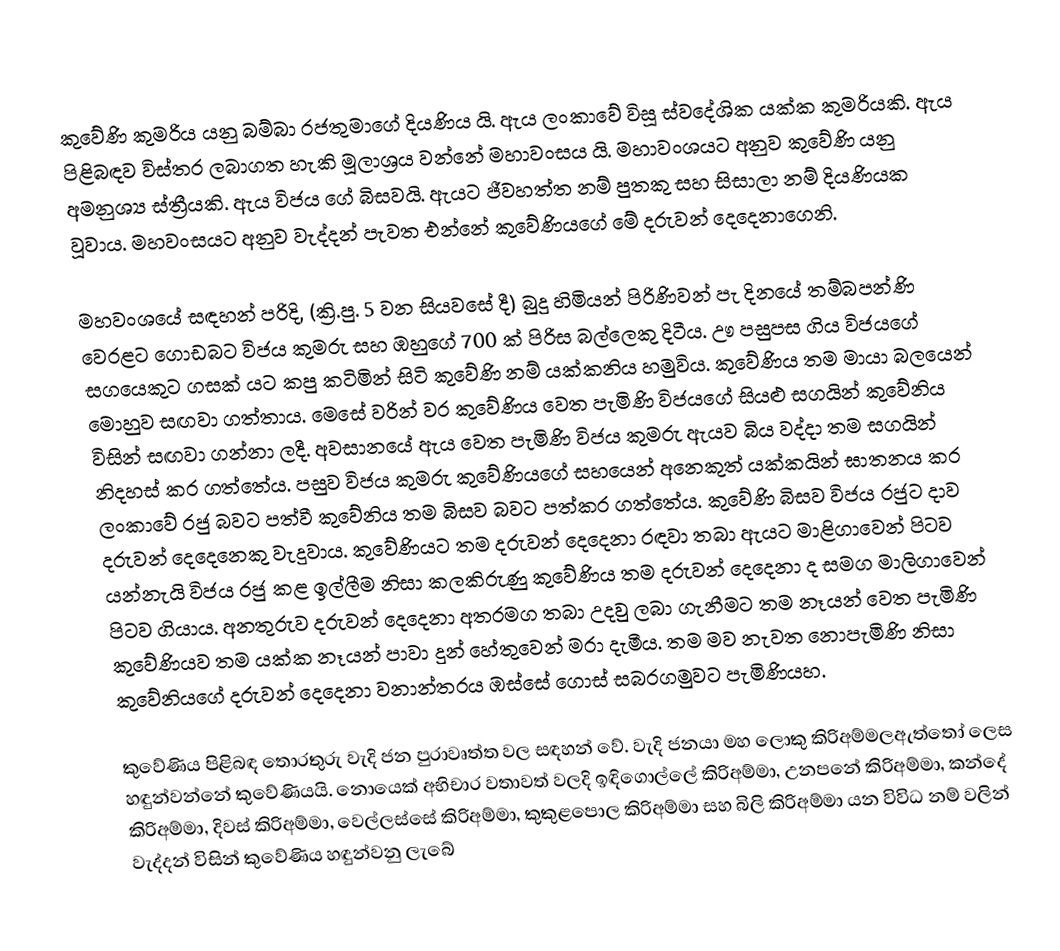
කුවේණි කුමරිය යනු බම්බා රජතුමාගේ දියණිය යි. ඇය ලංකාවේ විසූ ස්වදේශික යක්ක කුමරියකි. ඇය පිළිබඳව විස්තර ලබාගත හැකි මූලාශ්‍රය වන්නේ මහාවංසය යි. මහාවංශයට අනුව කුවේණි යනු අමනුශ්‍ය ස්ත්‍රීයකි. ඇය විජය ගේ බිසවයි. ඇයට ජීවහත්ත නම් පුතකු සහ සිසාලා නම් දියණියක වූවාය. මහවංසය‍ට අනුව වැද්දන් පැවත එන්නේ කුවේණියගේ මේ දරුවන් දෙදෙනාගෙනි.

මහවංශයේ සඳහන් පරිදි, (ක්‍රි.පු. 5 වන සියවසේ දී) බුදු හිමියන් පිරිණිවන් පැ දිනයේ තම්බපන්ණි වෙරළට ගොඩබට විජය කුමරු සහ ඹහු‍ගේ 700 ක් පිරිස බල්ලෙකු දිටීය. ඌ පසුපස ගිය විජයගේ සගයෙකුට ගසක් යට කපු කටිමින් සිටි කුවේණි නම් යක්කනිය හමුවිය. කුවේණිය තම මායා බලයෙන් මොහුව සඟවා ගත්තාය. මෙසේ වරින් වර කුවේණිය වෙත පැමිණි විජයගේ සියළු සගයින් කුවේනිය විසින් සඟවා ගන්නා ලදී. අවසානයේ ඇය වෙත ‍පැමිණි විජය කුමරු ඇයව බිය වද්දා තම සගයින් නිදහස් කර ගත්තේය. පසුව විජය කුමරු කුවේණියගේ සහයෙන් අනෙකුත් යක්කයින් ඝාතනය කර ලංකාවේ රජු බවට පත්වී කුවේනිය තම බිසව බවට පත්කර ගත්තේය. කුවේණි බිසව විජය රජුට දාව දරුවන් දෙදෙනෙකු වැදුවාය. කුවේණියට තම දරුවන් දෙදෙනා රඳවා තබා ඇයට මාළිගාවෙන් පිටව යන්නැයි විජය රජු කළ ඉල්ලීම නිසා කලකිරුණු කුවේණිය තම දරුවන් දෙදෙනා ද සමග මාලිගාවෙන් පිටව ගියාය. අනතුරුව දරුවන් දෙදෙනා අතරමග තබා උදවු ලබා ගැනීමට තම නෑයන් වෙත පැමිණි කුවේණියව තම යක්ක නෑයන් පාවා දුන් හේතුවෙන් මරා දැමීය. තම මව නැවත නොපැමිණි නිසා කුවේනියගේ දරුවන් දෙදෙනා වනාන්තරය ඹස්සේ ගොස් සබරගමුවට පැමිණියහ.

කුවේණිය පිළිබඳ තොරතුරු වැදි ජන පුරාවෘත්ත වල සඳහන් වේ. වැදි ජනයා මහ ලොකු කිරිඅම්මලඇත්තෝ ලෙස හඳුන්වන්නේ කුවේණියයි. නොයෙක් අභිචාර වතාවත් වලදි ඉඳිගොල්ලේ කිරිඅම්මා, උනපනේ කිරිඅම්මා, කන්දේ කිරිඅම්මා, දිවස් කිරිඅම්මා, වෙල්ලස්සේ කිරිඅම්මා, කුකුළපොල කිරිඅම්මා සහ බිලි කිරිඅම්මා යන විවිධ නම් වලින් වැද්දන් විසින් කුවේණිය හඳුන්වනු ලැබේ